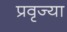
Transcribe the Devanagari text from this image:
प्रवृज्या